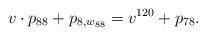
LaTeX: \begin{align*} & v\cdot p_{88} + p_{8,w_{88}} = v^{120} + p_{78}.\end{align*}